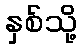
နှစ်သို့